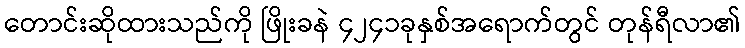
တောင်းဆိုထားသည်ကို ဖြိုးခနဲ ၄၂၄၁ခုနှစ်အရောက်တွင် တုန်ရီလာ၏